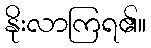
နိုးလာကြရ၏။